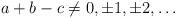
LaTeX: \begin{align*}a+b-c\neq 0,\pm 1,\pm 2, \ldots \end{align*}